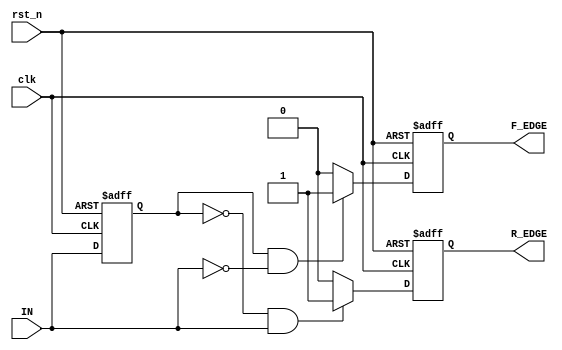
module Schmitt_Trigger_Edge_Detector (
    input wire clk,              // Clock input
    input wire rst_n,            // Active low reset
    input wire IN,               // Input signal
    output reg R_EDGE,           // Rising edge output
    output reg F_EDGE            // Falling edge output
);

    // Parameters for Schmitt Trigger thresholds
    parameter LOW_THRESHOLD = 1'b0; // Low threshold (for falling edge)
    parameter HIGH_THRESHOLD = 1'b1; // High threshold (for rising edge)

    // Memory element to store the previous state of the input signal
    reg prev_state;

    // Initialization and edge detection logic
    always @(posedge clk or negedge rst_n) begin
        if (!rst_n) begin
            // Reset condition
            prev_state <= LOW_THRESHOLD; // Initialize previous state to low
            R_EDGE <= 1'b0;               // Clear rising edge output
            F_EDGE <= 1'b0;               // Clear falling edge output
        end else begin
            // Edge detection logic
            // Rising edge detection
            if (prev_state == LOW_THRESHOLD && IN == HIGH_THRESHOLD) begin
                R_EDGE <= 1'b1;           // Assert rising edge
            end else begin
                R_EDGE <= 1'b0;           // Deassert rising edge
            end

            // Falling edge detection
            if (prev_state == HIGH_THRESHOLD && IN == LOW_THRESHOLD) begin
                F_EDGE <= 1'b1;           // Assert falling edge
            end else begin
                F_EDGE <= 1'b0;           // Deassert falling edge
            end

            // Update previous state
            prev_state <= IN;              // Store current state for next clock cycle
        end
    end

endmodule